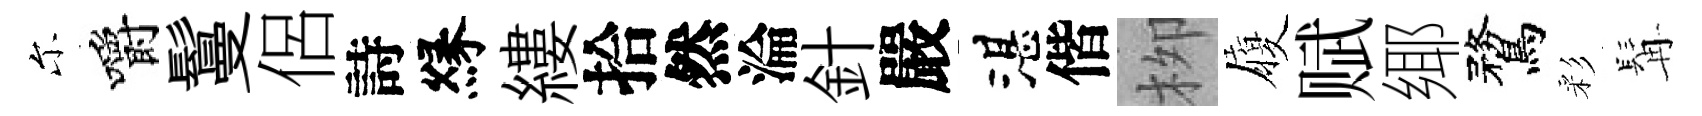
尓嚼鬘侶詩縁縷拾然淪針嚴湛偕栁履赋鄊鶩彩髯